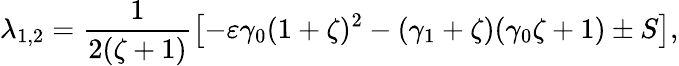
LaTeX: \lambda_{1,2}=\frac{1}{2(\zeta+1)}\left[-\varepsilon\gamma_{0}(1+\zeta)^{2}-(\gamma_{1}+\zeta)(\gamma_{0}\zeta+1)\pm S\right],